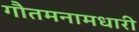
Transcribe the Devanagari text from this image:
गौतमनामधारी